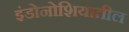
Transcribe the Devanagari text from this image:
इंडोनोशियातील